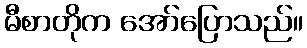
မီစာတိုက အော်ပြောသည်။